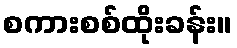
စကားစစ်ထိုးခန်း။